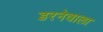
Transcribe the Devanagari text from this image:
डरनेवाला